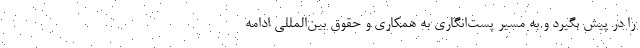
را در پیش بگیرد و به مسیر پست‌انگاری به همکاری و حقوق بین‌المللی ادامه